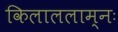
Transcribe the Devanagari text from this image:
किलाललाम्नः